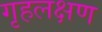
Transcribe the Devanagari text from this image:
गृहलक्षण